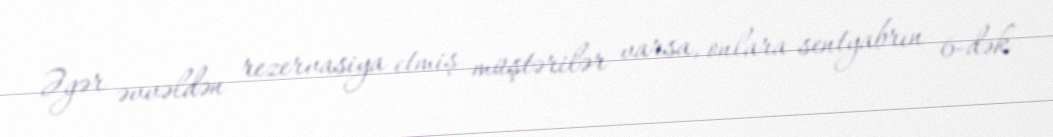
Əgər əvvəldən rezervasiya etmiş müştərilər varsa, onlara sentyabrın 6-dək